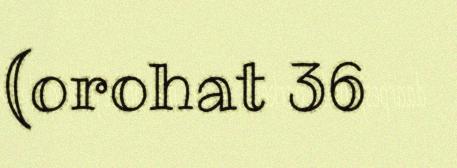
(orohat 36